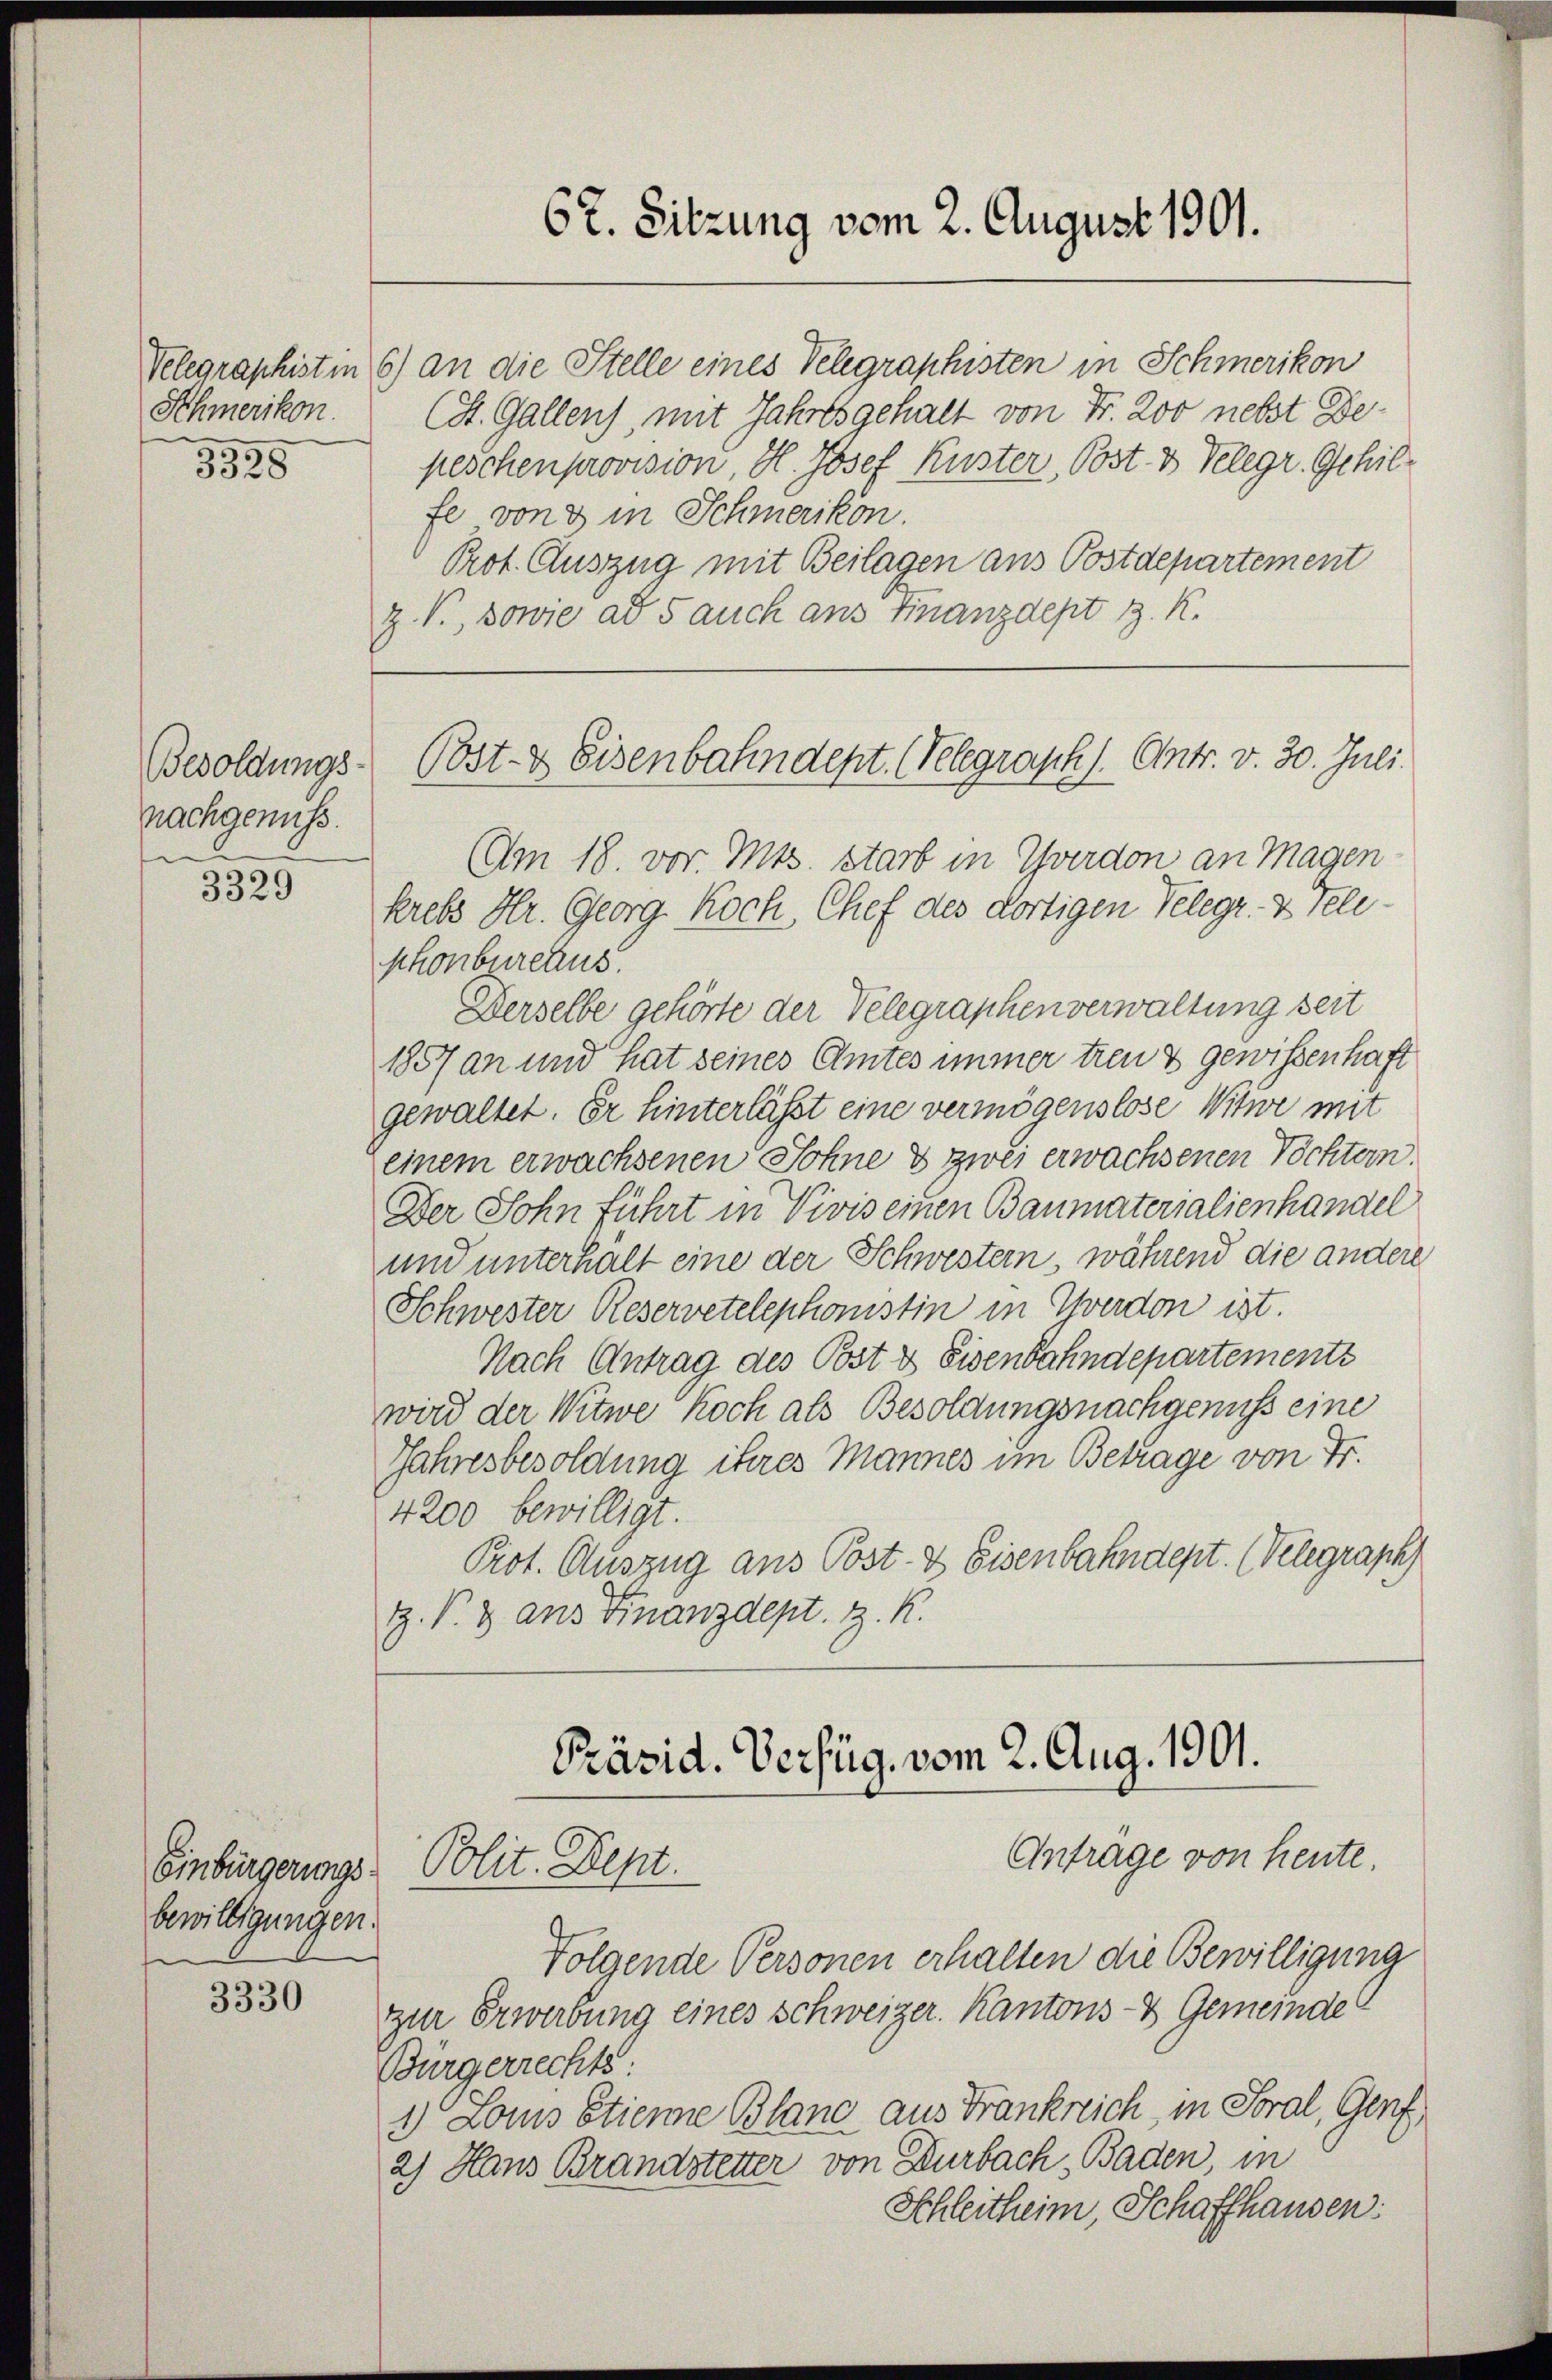
Schmerikon.
3328

Besoldungs-
nachgenuss.

3329

bewilligungen.

3330

Velegraphist in 6) an die Stelle eines Telegraphisten in Schmerikon
(St. Gallen, mit Jahres gehalt von Fr. 200 nebst Bepeschenprovision, H. Josef Kuster, Post 3 Telegr. Schilfe von 3 in Schmerikon.
Prot. Auszug mit Beilagen aus Postdepartement
z. V., sowie ad 5 auch aus Finanzdept z. K.

67. Sitzung vom 2. August 1901.

Post- & Eisenbahndept. (Telegraph s. Antr. v. 30. Juli.

Am 18. vor. Mts. starb in Yverdon an Magen
krebs Hr. Georg Koch, Chef des dortigen Telegr. & Telephonbureaus.
Derselbe gehörte der Telegraphenverwaltung seit
1857 an und hat seines Amtes immer treu & gewissenhaft
gewaltet. Er hinterlässt eine vermögenslose Witwe mit
einem erwachsenen Sohne & zwei erwachsenen Töchtern.
Der Sohn führt in Vivis einen Baumaterialienhandel
und unterhalt eine der Schwestern, während die andere
Schwester Reservetelephonstin in werden ist.
Nach Antrag des Post & Eisenbahndepartements
wird der Witwe Koch als Besoldungsnachgenuss eine
Jahresbesoldung ihres Mannes im Betrage von Fr.
4200 bewilligt.
Prot. Auszug aus Post- & Eisenbahndept. (Velegraph
Z. V. 3 ans Finanzdept. z. K.
Präsid. Verfüg, vom 2. Aug. 1901.

Antrage von heute.
Einbürgerungs- Polit. Sept.

Folgende Personen erhalten die Bewilligung
zur Erwerbung eines Schweizer. Kantons- & Gemeinde
Bürgerrechte.
1) Loms Etienne Bland aus Frankreich, in Soral, Genf,
2) Haus Brandstetter von Durbach, Baden, in
Schleitheim, Schaffhausen: